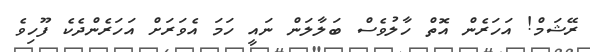
ރޭޝަމް! އަހަރެން އޮތް ހާލުވެސް ބަލާލަން ނައީ ހަމަ އެވަރަށް އަހަރެންދެކެ ފޫހިވެ